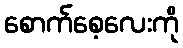
စောက်စေ့လေးကို